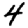
Digit: 4